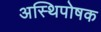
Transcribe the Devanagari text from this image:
अस्थिपोषक